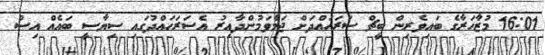
16:01 މުޒާހަރާގެ ބައިވެރިން ބީޗް ސަރަހައްދަށް ޖަމާވަމުންދާއިރު އެސަރަހައްދުގައި ސިޔާސީ ބައެއް އިސް